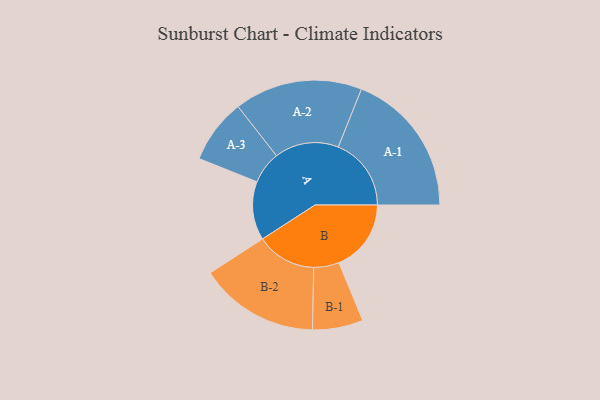
{"axis": {"x": "Segment", "y": "Value"}, "legend": ["", "A", "B"], "data": [{"x": "A", "y": 236, "type": ""}, {"x": "B", "y": 291, "type": ""}, {"x": "A-1", "y": 294, "type": "A"}, {"x": "A-2", "y": 258, "type": "A"}, {"x": "A-3", "y": 130, "type": "A"}, {"x": "B-1", "y": 102, "type": "B"}, {"x": "B-2", "y": 241, "type": "B"}]}